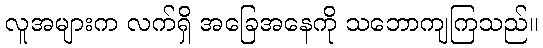
လူအများက လက်ရှိ အခြေအနေကို သဘောကျကြသည်။